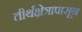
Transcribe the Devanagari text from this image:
तीर्थक्षेत्रापासून